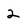
Character: 2